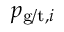
p _ { \mathrm { g / t } , i }